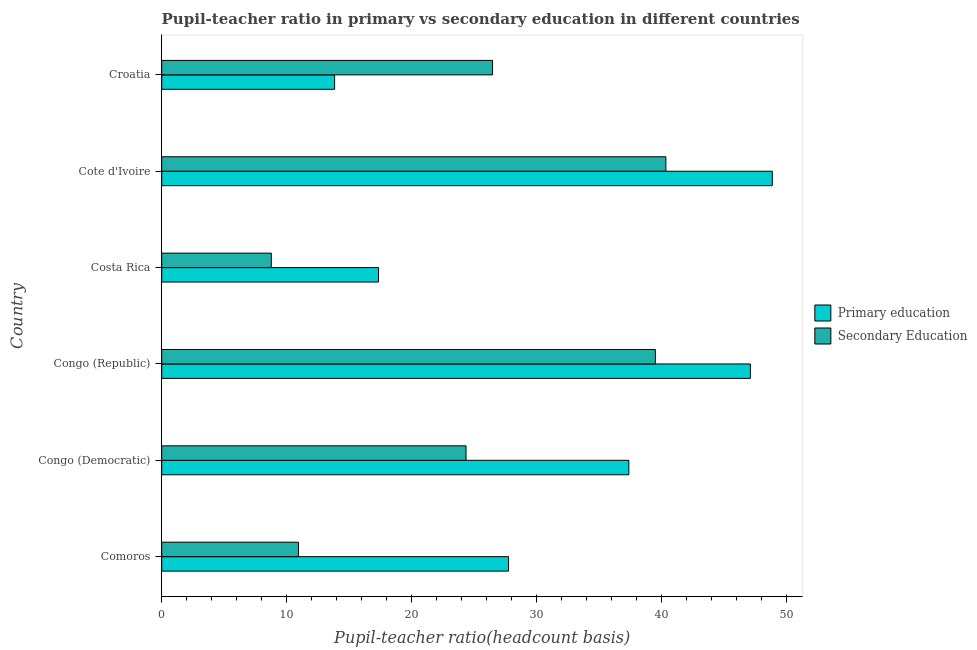
| Country | Primary education | Secondary Education |
 | --- | --- | --- |
 | Comoros | 27.7 | 10.9 |
 | Congo (Democratic) | 37.4 | 24.3 |
 | Congo (Republic) | 47.1 | 39.5 |
 | Costa Rica | 17.3 | 8.77 |
 | Cote d'Ivoire | 48.8 | 40.3 |
 | Croatia | 13.8 | 26.5 |